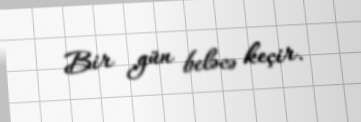
Bir gün beləcə keçir.